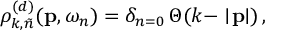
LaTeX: \rho _ { k , \tilde { n } } ^ { ( d ) } ( { \bf p } , \omega _ { n } ) = \delta _ { n = 0 } \, \Theta ( k - \mid \! { \bf p } \! \! \mid ) \, ,